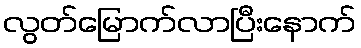
လွတ်မြောက်လာပြီးနောက်